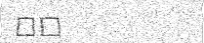
٢١